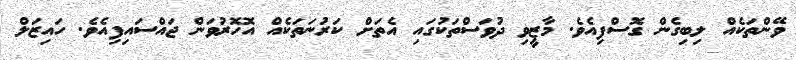
ވޭންތަކެއް ލިބިގެން ގޮސްފިއެވެ. މާޒީވި ދުވަސްތަކުގައި އެތަށް ކަރުނަތަކެއް އޮހޮރުވަން ޖައްސައިފިއެވެ. ހައިޒަލް